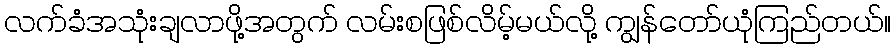
လက်ခံအသုံးချလာဖို့အတွက် လမ်းစဖြစ်လိမ့်မယ်လို့ ကျွန်တော်ယုံကြည်တယ်။